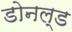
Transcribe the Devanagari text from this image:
डोनल्‍ड